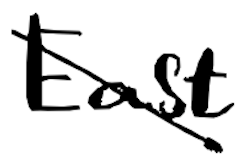
Text: East
Cross-out: diagonal
Writing tool: digital_black